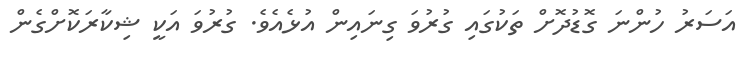
އަސަރު ހުންނަ ގޮޑުދޮށް ތަކުގައި ގުރުވަ ގިނައިން އުޅެއެވެ. ގުރުވަ އަކީ ޝިކާރަކޮށްގެން